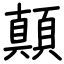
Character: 顛